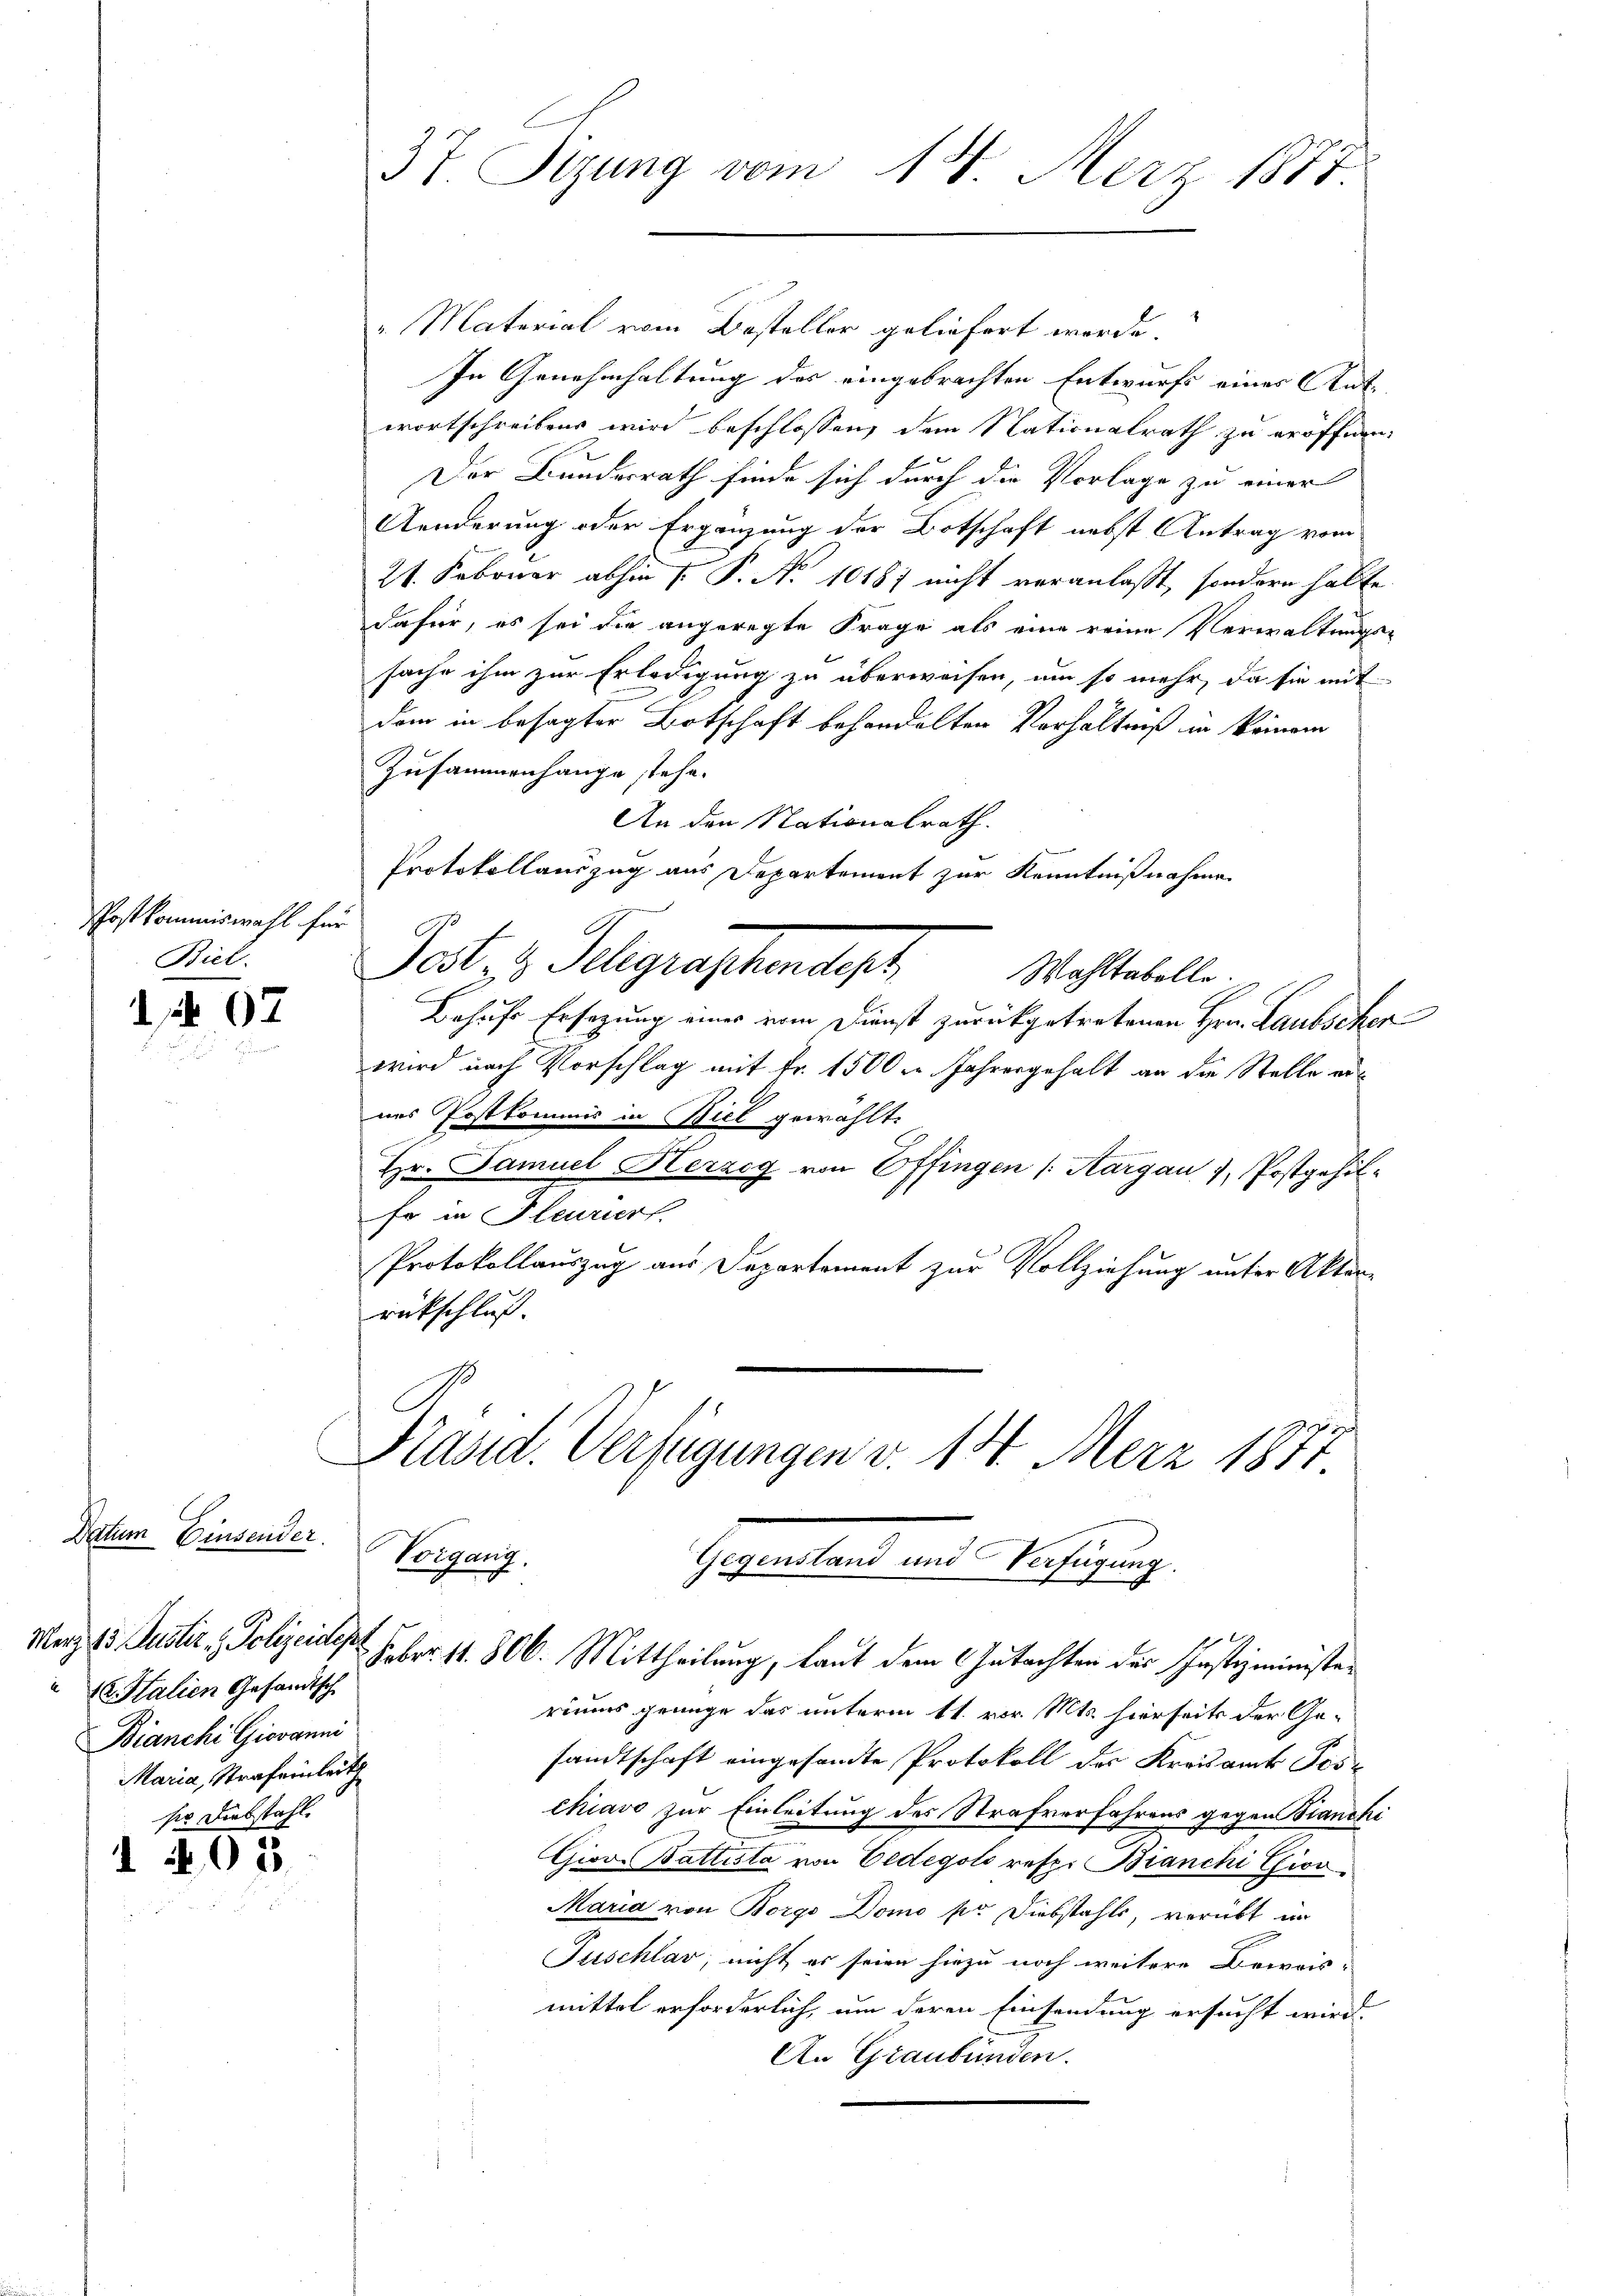
Post kommiswahl für
Biel.

07

Datum Einsender.
u Italien Gesandtsch
Bianchi Giovanni
Maria, Strafeinleith
ser Diebstahl.

1 403.

37. Sizung vom 18. März 1877

"Material vom Besteller geliefert werde.
In Genehmhaltung des eingebrachten Entwurfs eines Antwortschreiben wird beschlossen, dem Nationalrath zu eröffnen,
Der Bundesrath finde sich durch die Vorlage zu einer
Aenderung oder Ergänzung der Botschaft nebst Antrag vom
21. Februar abhin  P. No 10187 nicht veranlaßt, sondern halte.
dafür, es sei die angeregte Frage als eine reine Verwaltungs-
sache ihm zur Erledigung zu überweisen, um so mehr, da sie mit
dem in besagter Botschaft behandelten Verhältniß in keinem
Zusammenhange stehe.
An den Nationalrath.
Protokollauszug aus Departement zur Kenntnißnahme.
Pat. v. Gelegraphenlass
Wohltabelle
Behufe Ersezung eines vom Dienst zurückgetretenen Hrn. Laubschen
wird nach Vorschlag mit Fr. 1500 Jahresgehalt an die Stelle ernes Postkommis in Biel gewählt.
Hr. Samuel Herzog von Effingen (Aargau 1, Postgehil¬
Er in Pleurier.
Protokollauszug aus Departement zur Vollziehung unter Aktor-
rückschluß.
Präsid. Verfügungen v. 14. Merz 1877
Vorgang,
Gegenstand und Verfügung.
Maerz. 15. Justiz & Polizeiden Febr. 11. 306. Mittheilung, laut dem Gutachten der Justizministeriums genüge das unterm 11. vor. Mts. hierseits der Gesandtschaft eingesandte Protokoll des Kreisamt Tes-
Chiavo zur Einleitung des Strafverfahrens gegen Branchi
Giov. Battista von Cedegoti resp. Bianchi Giov
Maria von Borgo Domo pr. Diebstahls, verübt in
Fuschlag, nicht es seien hiezu noch weitere Beweis-
mittel erforderlich, um deren Einsendung ersucht wird.
An Graubünden.